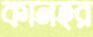
কানহর